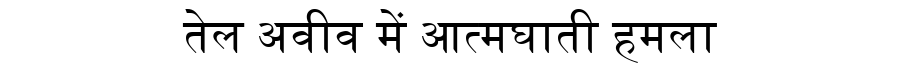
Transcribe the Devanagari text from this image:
तेल अवीव में आत्मघाती हमला